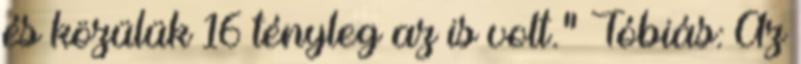
és közülük 16 tényleg az is volt." Tóbiás: Az